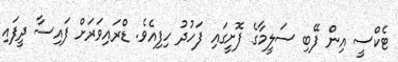
ޓެކްސީ އިން ފޭބި ސަލީމާގެ ފޮށީގައި ފަހުދު ހިފިއެވެ. ޑްރައިވަރަށް ފައިސާ ދީފައި